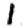
Digit: 1